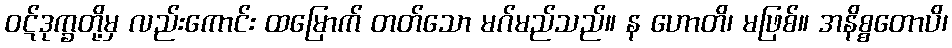
ဝဋ်ဒုက္ခတို့မှ လည်းကောင်း ထမြောက် တတ်သော မဂ်မည်သည်။ န ဟောတိ၊ မဖြစ်။ အနိစ္စတောပိ၊